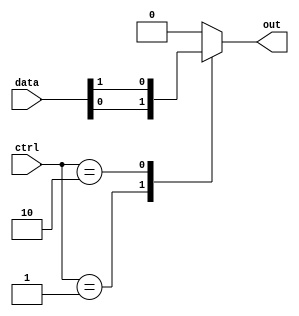
module multiplexer_1024_1 (
    input [9:0] ctrl,
    input [1023:0] data,
    output reg out
);

always @*
begin
    case(ctrl)
        10'b0000000001: out = data[0];
        10'b0000000010: out = data[1];
        // Add more cases for the remaining 1022 inputs
        default: out = 1'b0; // Default case if no matching control signal is found
    endcase
end

endmodule